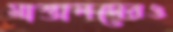
মাস্তানদেরও